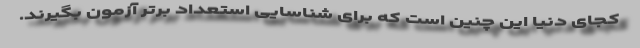
کجای دنیا این چنین است که برای شناسایی استعداد برتر آزمون بگیرند.